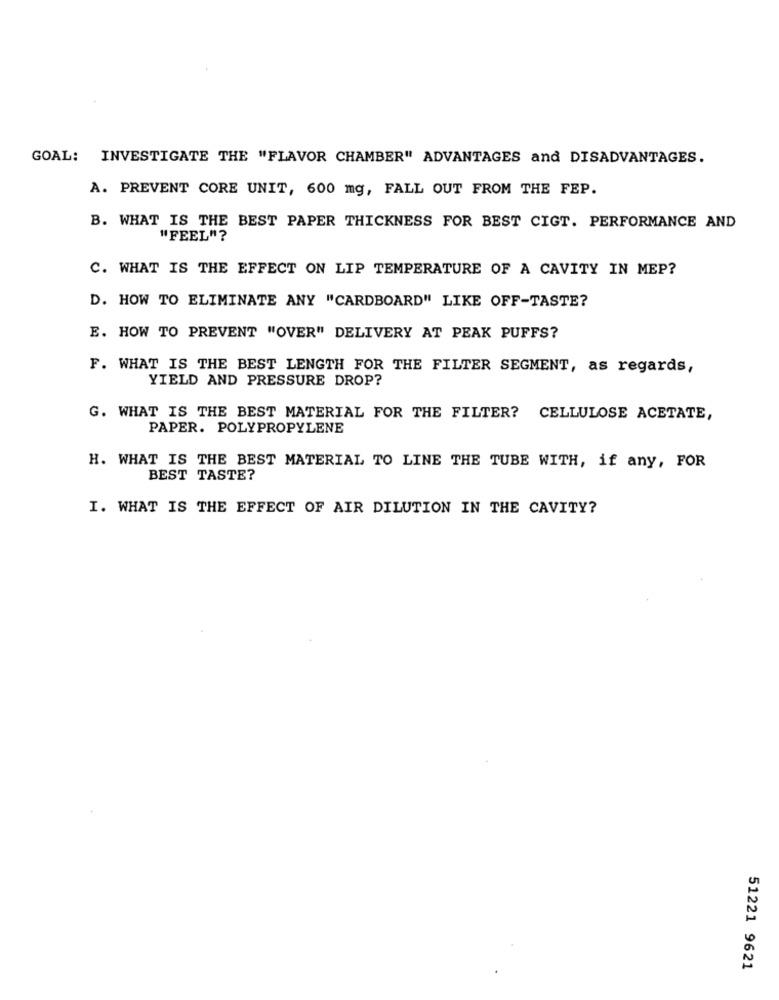
GOAL: INVESTIGATE THE "FLAVOR CHAMBER" ADVANTAGES and DISADVANTAGES.
A. PREVENT CORE UNIT, 600 mg, FALL OUT FROM THE FEP.
B. WHAT IS THE BEST PAPER THICKNESS FOR BEST CIGT. PERFORMANCE AND
"FEEL"?
C. WHAT IS THE EFFECT ON LIP TEMPERATURE OF A CAVITY IN MEP?
D. HOW TO ELIMINATE ANY "CARDBOARD" LIKE OFF-TASTE?
E. HOW TO PREVENT "OVER" DELIVERY AT PEAK PUFFS?
F. WHAT IS THE BEST LENGTH FOR THE FILTER SEGMENT, as regards,
YIELD AND PRESSURE DROP?
G. WHAT IS THE BEST MATERIAL FOR THE FILTER? CELLULOSE ACETATE,
PAPER. POLYPROPYLENE
H. WHAT IS THE BEST MATERIAL TO LINE THE TUBE WITH, if any, FOR
BEST TASTE?
I. WHAT IS THE EFFECT OF AIR DILUTION IN THE CAVITY?
51221 9621